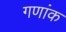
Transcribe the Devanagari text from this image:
गणांक